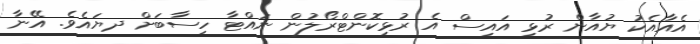
އެއާއެކު ޔުއާން ރުޅި އައިސް އެ ރުޅިކޮންޓްރޯލުން ނައްޓާ ހިސާބަށް ދޔައެވެ. އޭނާ